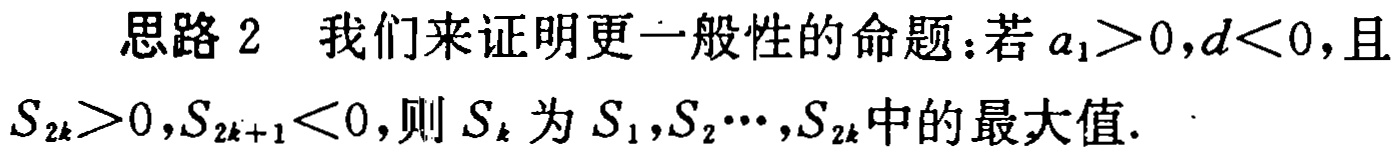
思路 2 我们来证明更一般性的命题：若 \(a_{1}>0,d<0\)，且 \(S_{2k}>0,S_{2k + 1}<0\)，则 \(S_{k}\) 为 \(S_{1},S_{2}\cdots,S_{2k}\) 中的最大值.